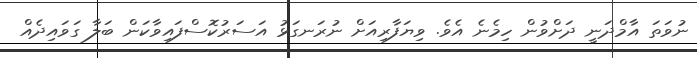
ނުވަތަ އާމްދަނީ ދަށްވުން ހިމެނެ އެވެ. ވިޔަފާރިއަށް ނުރަނގަޅު އަސަރުކޮސްފައިވާކަން ބަލާ ގަވައިދެއް